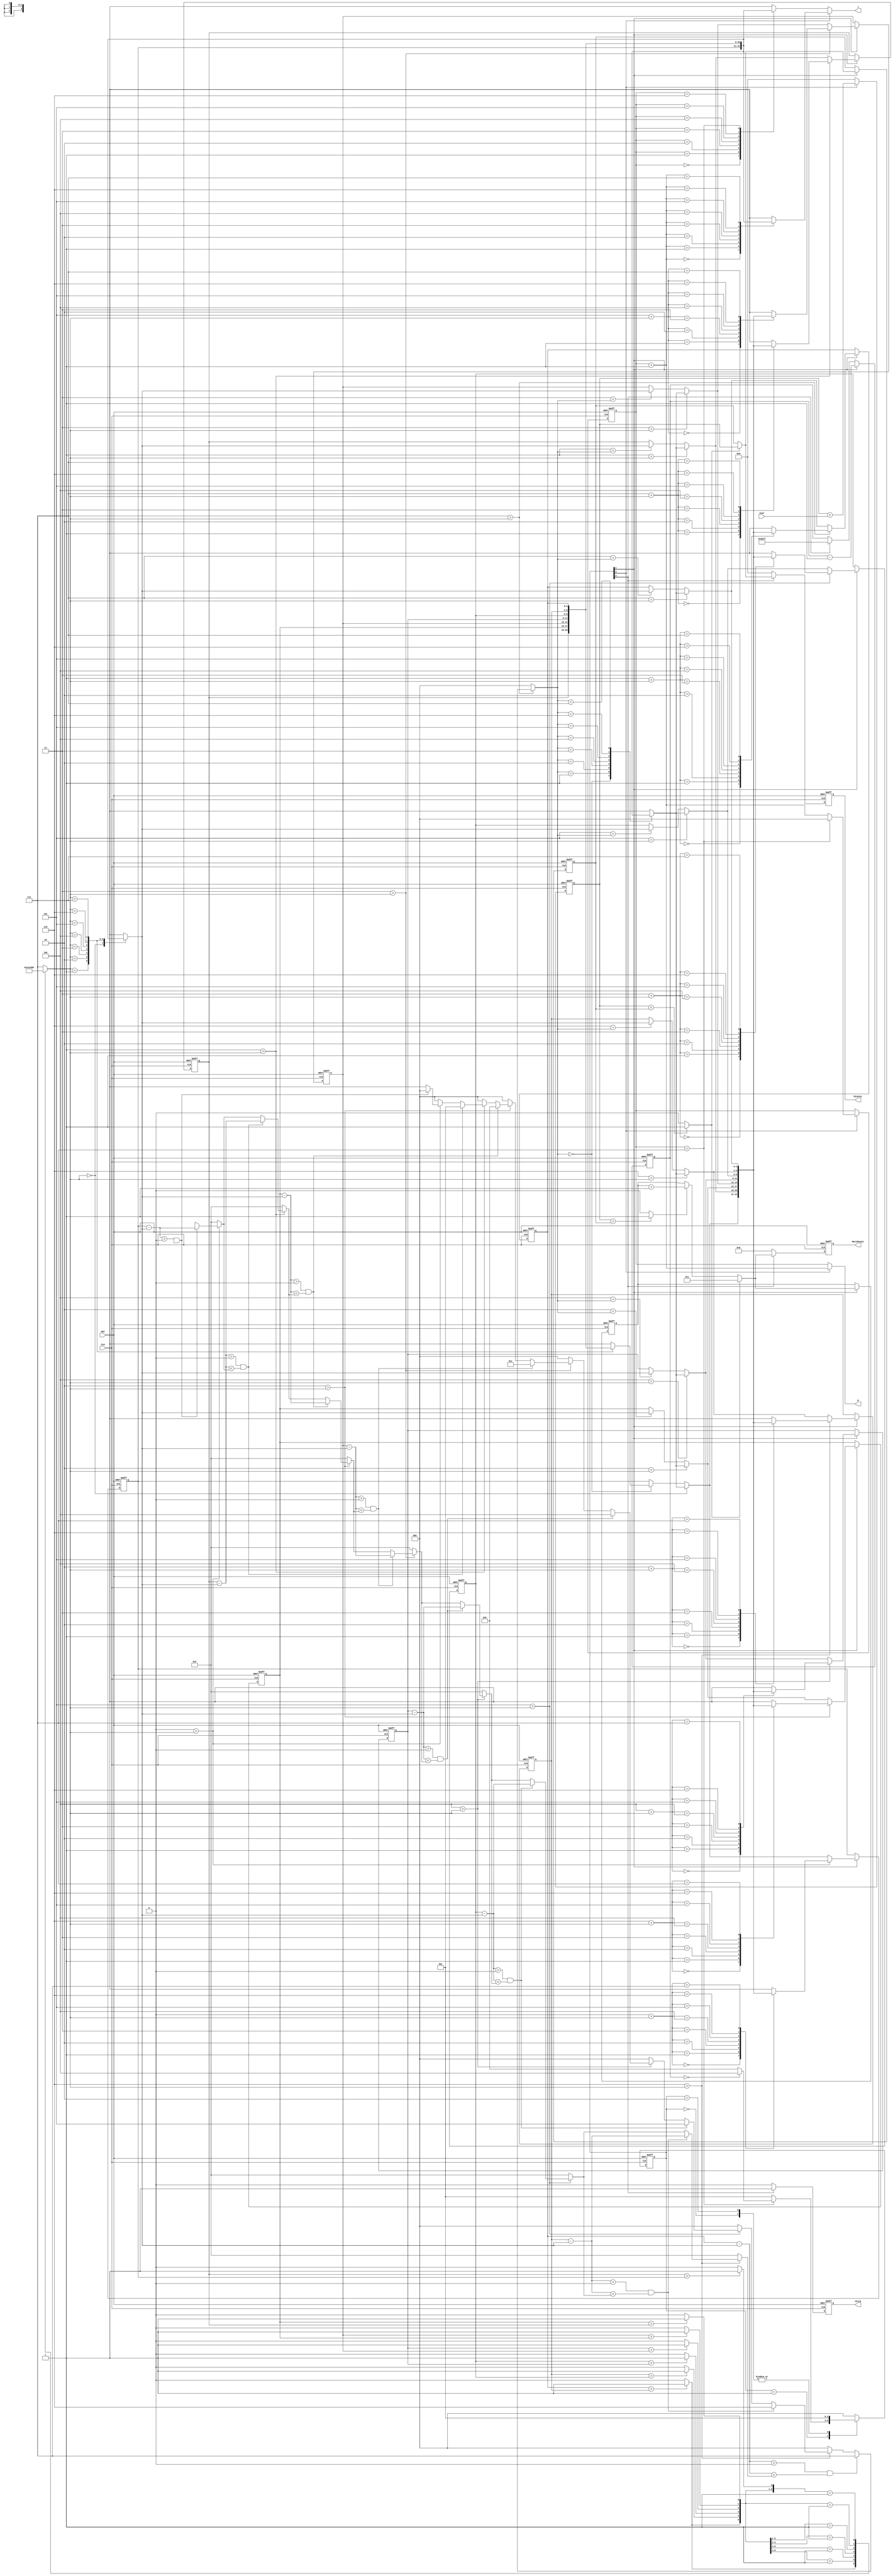
module JAM (
input CLK,
input RST,
output reg [2:0] W,
output reg [2:0] J,
input [6:0] Cost,
output reg [3:0] MatchCount,
output reg [9:0] MinCost,
output reg Valid );

//================================================================
//  integer / genvar / parameters
//================================================================
genvar idx;
localparam IDLE      = 3'b000;
localparam RD_COST   = 3'b001;
localparam DICT_SORT = 3'b010;
localparam OUT       = 3'b100;

localparam TOTAL_SORT_TIMES = 40319;  // total sort times 40320

//================================================================
//   Wires & Registers 
//================================================================

reg [2:0]  curr_state,next_state;
reg [2:0]  job_list_ff[0:7];
reg [2:0]  worker_cnt;
reg [3:0]  match_cnt;
reg [9:0]  min_cost_temp_ff;
reg [9:0]  min_cost_ff;
reg [15:0] total_sort_cnt;

// FSM flag
wire rd_done = worker_cnt == 'd7;
wire total_sort_done = total_sort_cnt == 'd0;

// flag
wire min_cost_temp_ff_or_cur = min_cost_temp_ff  < min_cost_ff ? 1 : 0;
wire min_cost_temp_ff_eq_cur = min_cost_temp_ff == min_cost_ff ? 1 : 0;

// Operation
wire [2:0]  worker_cnt_up       = worker_cnt + 'd1;
wire [15:0] total_sort_cnt_down = total_sort_cnt - 'd1;
wire [3:0]  match_cnt_update    = min_cost_temp_ff_or_cur ? 'd1 : min_cost_temp_ff_eq_cur ? match_cnt + 'd1 : match_cnt;
wire [9:0]  min_cost_update     = min_cost_temp_ff_or_cur ? min_cost_temp_ff : min_cost_ff;
wire [9:0]  min_cost_temp_ff_sum   = min_cost_temp_ff + Cost;

// FSM
wire state_IDLE      = curr_state == 'd0;
wire state_RD_COST   = curr_state[0];
wire state_DICT_SORT = curr_state[1];
wire state_OUT       = curr_state[2];

//================================================================
//   assign
//================================================================

reg  [2:0] ref_pt;
wire [6:0] job_list_r_lr_l; //right larger than left
wire signed [3:0] job_list_minus_ref[0:7];
reg  [3:0] min_job_list_minus_ref[0:7];
reg  [2:0] min_job_list_lr_ref_pt[0:7];
reg  [2:0] before_flip_job_list[0:7],after_flip_job_list[0:7];
wire [2:0] min_lr_ref_pt = min_job_list_lr_ref_pt[7];

generate
	//job_list_r_lr_l
    for (idx = 0; idx < 7; idx = idx + 1) begin : loop_job_list_r_lr_l
        assign job_list_r_lr_l[idx] = job_list_ff[idx+1] > job_list_ff[idx] ? 1 : 0;
    end
    //job_list_minus_ref
    for (idx = 0; idx < 8; idx = idx + 1) begin : loop_job_list_minus_ref
		assign job_list_minus_ref[idx] = job_list_ff[idx] - job_list_ff[ref_pt];
    end
    //min_job_list_minus_ref
    for (idx = 0; idx < 8; idx = idx + 1) begin : loop_min_job_list_minus_ref
        always @(*) begin
        	if (idx > ref_pt) begin
        		if ((job_list_minus_ref[idx] > 0) && (job_list_minus_ref[idx] < min_job_list_minus_ref[idx-1])) begin
        			min_job_list_minus_ref[idx] = job_list_minus_ref[idx];
        			min_job_list_lr_ref_pt[idx] = idx;
        		end
        		else begin
        			min_job_list_minus_ref[idx] = min_job_list_minus_ref[idx-1];
        			min_job_list_lr_ref_pt[idx] = min_job_list_lr_ref_pt[idx-1];
        		end
        	end
        	else begin
        		min_job_list_minus_ref[idx] = 'd15;
        		min_job_list_lr_ref_pt[idx] = 'd0;
        	end
        end
    end
    //before_flip_job_list
    for (idx = 0; idx < 8; idx = idx + 1) begin : loop_before_flip_job_list
        always @(*) begin
        	if (idx == ref_pt) begin
        		before_flip_job_list[idx] = job_list_ff[min_lr_ref_pt];
        	end
        	else if (idx == min_lr_ref_pt) begin
        		before_flip_job_list[idx] = job_list_ff[ref_pt];
        	end
        	else begin
        		before_flip_job_list[idx] = job_list_ff[idx];
        	end
        end
    end
    //after_flip_job_list
    for (idx = 0; idx < 8; idx = idx + 1) begin : loop_after_flip_job_list
        always @(*) begin 
        	if (idx > ref_pt) begin
        		after_flip_job_list[idx] = before_flip_job_list[8-idx+ref_pt];
        	end
        	else begin
        		after_flip_job_list[idx] = before_flip_job_list[idx];
        	end
        end
    end
    //job_list_ff
    for (idx = 0; idx < 8; idx = idx + 1) begin : loop_job_list
		always @(posedge CLK or posedge RST) begin
		    if(RST) begin
		    	job_list_ff[idx] <= idx;
		    end
		    else begin
		        if (state_DICT_SORT) begin
		        	job_list_ff[idx] <= after_flip_job_list[idx];
		        end
		        // else if (state_OUT) begin
		        // 	job_list_ff[idx] <= idx;
		        // end
		    end
		end
    end
    
endgenerate


always @(*) begin
	casex (job_list_r_lr_l)
		7'b1xxxxxx : ref_pt = 'd6;
		7'b01xxxxx : ref_pt = 'd5;
		7'b001xxxx : ref_pt = 'd4;
		7'b0001xxx : ref_pt = 'd3;
		7'b00001xx : ref_pt = 'd2;
		7'b000001x : ref_pt = 'd1;
		7'b0000001 : ref_pt = 'd0;
		default    : ref_pt = 'd7;
	endcase
end

//================================================================
//   OUT
//================================================================

always @(*) begin
    if (state_RD_COST) begin
    	W = worker_cnt_up;
    	J = job_list_ff[worker_cnt_up];
    end
    else begin
    	W = worker_cnt;
    	J = job_list_ff[worker_cnt];
    end
end


always @(posedge CLK or posedge RST) begin
    if(RST) begin
        Valid      <= 0;
        MatchCount <= 0;
        MinCost    <= 0;
    end 
    else begin
        if (state_OUT) begin
	        Valid      <= 1;
	        MatchCount <= match_cnt_update;
	        MinCost    <= min_cost_update;
        end
        else begin
	        Valid      <= 0;
	        MatchCount <= 0;
	        MinCost    <= 0;
        end
    end
end


//================================================================
//   Design
//================================================================

// FSM
always @(posedge CLK or posedge RST) begin
    if(RST) begin
        curr_state <= IDLE;
    end 
    else begin
        curr_state <= next_state;
    end
end

always @(*) begin 
	case (curr_state)
		IDLE      : next_state = RD_COST;
		RD_COST   : next_state = rd_done ? total_sort_done ? OUT : DICT_SORT : RD_COST;
		DICT_SORT : next_state = RD_COST;
		OUT       : next_state = IDLE;
		default   : next_state = IDLE;
	endcase
end


//total_sort_cnt
always @(posedge CLK or posedge RST) begin
    if(RST) begin
        total_sort_cnt <= TOTAL_SORT_TIMES;
    end 
    else begin
        if (state_DICT_SORT) begin
        	total_sort_cnt <= total_sort_cnt_down;
        end
        else if (state_OUT) begin
        	total_sort_cnt <= TOTAL_SORT_TIMES;
        end
    end
end

//worker_cnt
always @(posedge CLK or posedge RST) begin
    if(RST) begin
        worker_cnt <= 0;
    end 
    else begin
        if (state_RD_COST) begin
        	worker_cnt <= rd_done ? 'd0 : worker_cnt_up;
        end
    end
end

//min_cost_temp_ff
always @(posedge CLK or posedge RST) begin
    if(RST) begin
        min_cost_temp_ff <= 0;
    end 
    else begin
        if (state_RD_COST) begin
        	min_cost_temp_ff <= min_cost_temp_ff_sum;
        end
        else begin
        	min_cost_temp_ff <= 'd0;
        end
    end
end

////min_cost_ff and match_cnt
always @(posedge CLK or posedge RST) begin
    if(RST) begin
        min_cost_ff  <= 1023;
        match_cnt <= 0;
    end 
    else begin
        if (state_DICT_SORT) begin
        	min_cost_ff  <= min_cost_update;
        	match_cnt <= match_cnt_update;
        end
    end
end



endmodule